Language: tamil
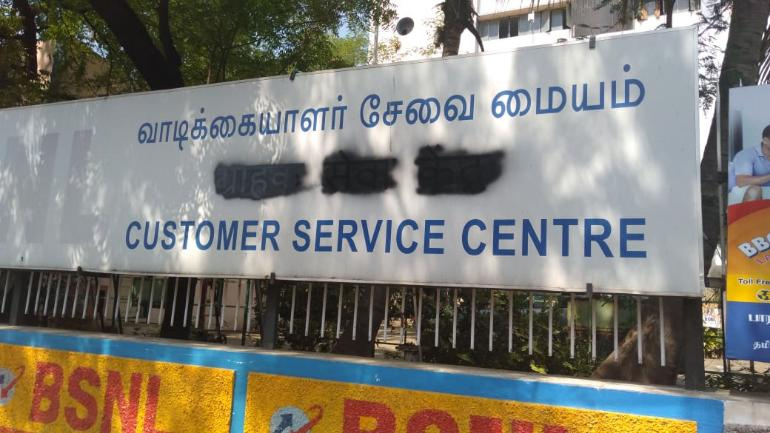
Transcription: வாடிக்கையாளா் சேவை மையம்